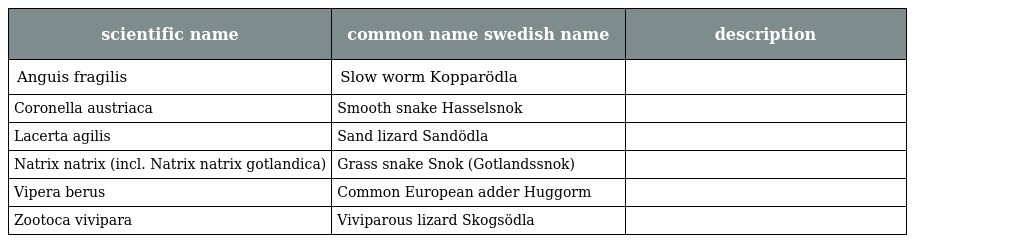
| scientific name | common name swedish name | description |
 | --- | --- | --- |
 | Anguis fragilis | Slow worm Kopparödla |  |
 | Coronella austriaca | Smooth snake Hasselsnok |  |
 | Lacerta agilis | Sand lizard Sandödla |  |
 | Natrix natrix (incl. Natrix natrix gotlandica) | Grass snake Snok (Gotlandssnok) |  |
 | Vipera berus | Common European adder Huggorm |  |
 | Zootoca vivipara | Viviparous lizard Skogsödla |  |